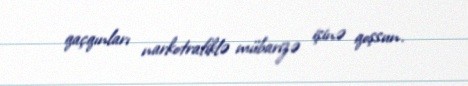
qaçqınları narkotrafiklə mübarizə işinə qoşsun.